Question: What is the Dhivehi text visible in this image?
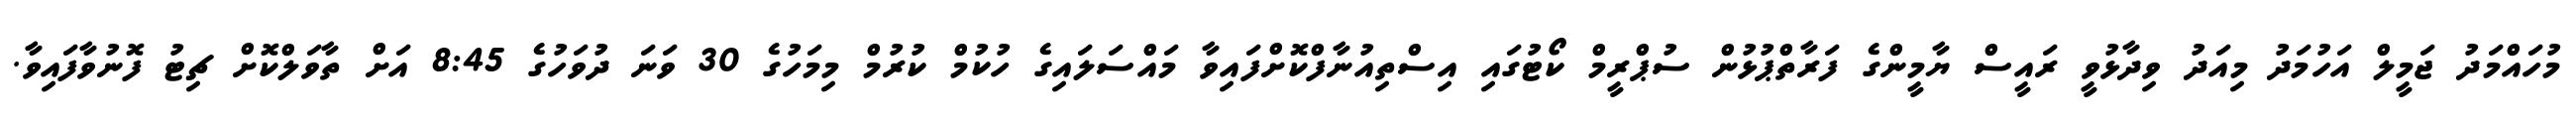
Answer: މުހައްމަދު ޖަމީލް އަހުމަދު މިއަދު ވިދާޅުވީ ރައީސް ޔާމީންގެ ފަރާތްޕުޅުން ސުޕްރީމް ކޯޓުގައި އިސްތިއުނާފްކޮށްފައިވާ މައްސަލައިގެ ހުކުމް ކުރުމް މިމަހުގެ 30 ވަނަ ދުވަހުގެ 8:45 އަށް ތާވަލްކޮށް ޗިޓު ފޮނުވާފައިވާ.